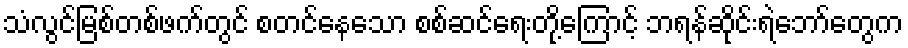
သံလွင်မြစ်တစ်ဖက်တွင် စတင်နေသော စစ်ဆင်ရေးတို့ကြောင့် ဘရန်ဆိုင်းရဲဘော်တွေက